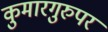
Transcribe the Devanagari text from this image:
कुमारगुरुपर